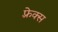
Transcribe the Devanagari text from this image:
फ़्रेक्स